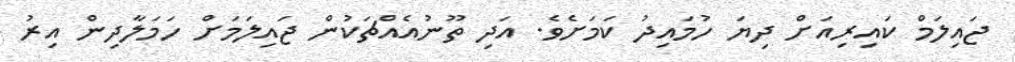
ޖައިލަމް ކައިރިއަށް ދިޔަ ހުމައިދު ކަމަށެވެ. އަދި ތޫނުއެއްޗަކުން ޖައިލަމަށް ހަމަލާދިން އިރު